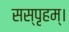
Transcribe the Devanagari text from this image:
सस्पृहम्।